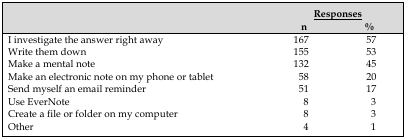
<table><thead><tr><td></td><td colspan="2"><b><underline>Responses</underline></b></td></tr><tr><td></td><td><b>n</b></td><td><b>%</b></td></tr></thead><tbody><tr><td>I investigate the answer right away</td><td>167</td><td>57</td></tr><tr><td>Write them down</td><td>155</td><td>53</td></tr><tr><td>Make a mental note</td><td>132</td><td>45</td></tr><tr><td>Make an electronic note on my phone or tablet</td><td>58</td><td>20</td></tr><tr><td>Send myself an email reminder</td><td>51</td><td>17</td></tr><tr><td>Use EverNote</td><td>8</td><td>3</td></tr><tr><td>Create a file or folder on my computer</td><td>8</td><td>3</td></tr><tr><td>Other</td><td>4</td><td>1</td></tr></tbody></table>